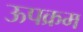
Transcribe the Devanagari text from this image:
ऊपक्रम